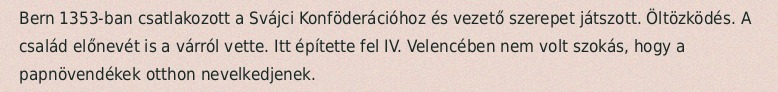
Bern 1353-ban csatlakozott a Svájci Konföderációhoz és vezető szerepet játszott. Öltözködés. A család előnevét is a várról vette. Itt építette fel IV. Velencében nem volt szokás, hogy a papnövendékek otthon nevelkedjenek.